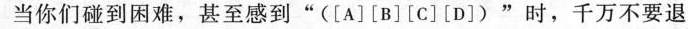
当你们碰到困难，甚至感到”([A][B][C][D])”时，千万不要退